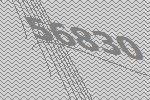
56830